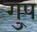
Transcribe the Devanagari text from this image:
गु्प